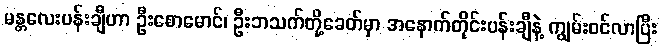
မန္တလေးပန်းချီဟာ ဦးစောမောင်၊ ဦးဘသက်တို့ခေတ်မှာ အနောက်တိုင်းပန်းချီနဲ့ ကျွမ်းဝင်လာပြီး